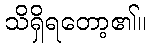
သိရှိရတော့၏။